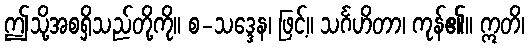
ဤသို့အစရှိသည်တို့ကို။ စ-သဒ္ဒေန၊ ဖြင့်။ သင်္ဂဟိတာ၊ ကုန်၏။ ဣတိ၊